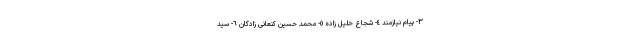
٣- پیام نیازمند ٤- شجاع خلیل زاده ٥- محمد حسین کنعانى زادگان ٦- سید